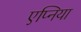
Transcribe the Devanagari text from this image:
एप्निया